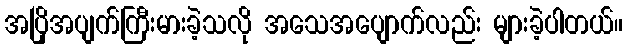
အပြိုအပျက်ကြီးမားခဲ့သလို အသေအပျောက်လည်း များခဲ့ပါတယ်။